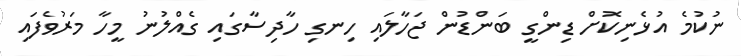
ނުކުމެ އުޅެނިކޮށް ޑިންގީ ބަންޑުން ޖަހާލައި ހިނގި ހާދިސާގައި ގެއްލުނު މީހާ މަރުވެފައި